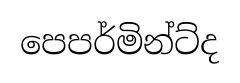
පෙපර්මින්ට්ද